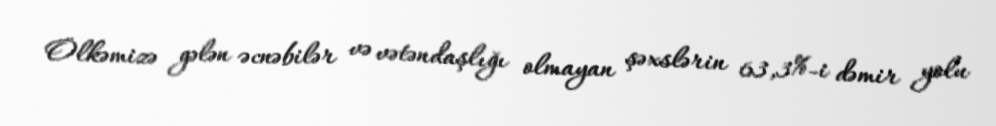
Ölkəmizə gələn əcnəbilər və vətəndaşlığı olmayan şəxslərin 63,3%-i dəmir yolu